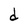
Character: d